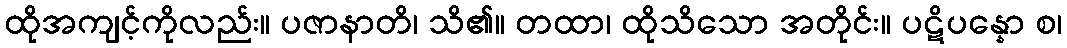
ထိုအကျင့်ကိုလည်း။ ပဇာနာတိ၊ သိ၏။ တထာ၊ ထိုသိသော အတိုင်း။ ပဋိပန္နော စ၊